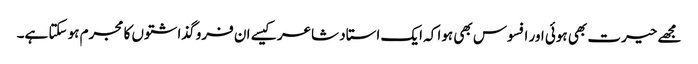
مجھے حیرت بھی ہوئی اور افسوس بھی ہوا کہ ایک استاد شاعر کیسے ان فرو گذاشتوں کا مجرم ہو سکتا ہے۔